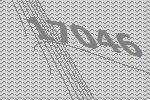
17046